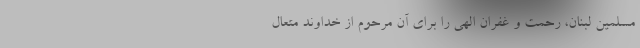
مسلمین لبنان، رحمت و غفران الهی را برای آن مرحوم از خداوند متعال